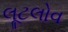
લૂટલોવ